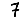
Digit: 7